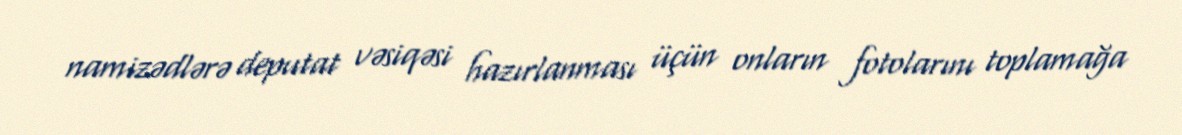
namizədlərə deputat vəsiqəsi hazırlanması üçün onların fotolarını toplamağa